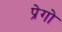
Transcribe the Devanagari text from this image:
प्रेगो